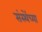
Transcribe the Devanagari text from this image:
संस्थेंच्या